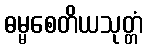
ဓမ္မစေတိယသုတ္တံ